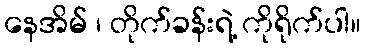
နေအိမ် ၊ တိုက်ခန်းရဲ့ ကိုရိုက်ပါ။